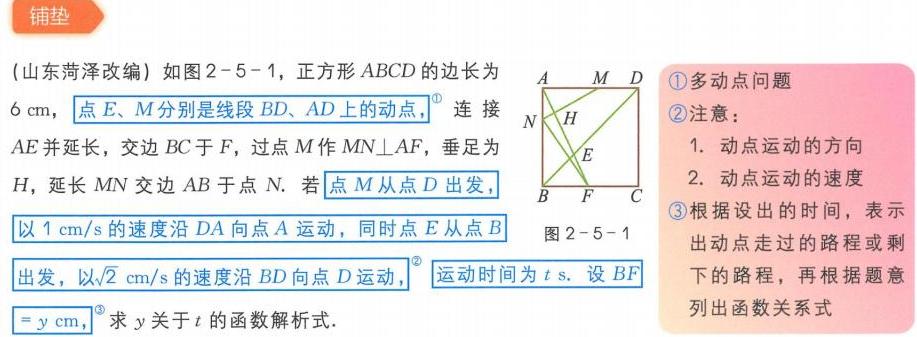
铺垫
(山东菏泽改编) 如图2 - 5 - 1，正方形\(ABCD\)的边长为\(6\mathrm{cm}\)，点\(E、M\)分别是线段\(BD、AD\)上的动点，连接\(AE\)并延长，交边\(BC\)于\(F\)，过点\(M\)作\(MN\perp AF\)，垂足为\(H\)，延长\(MN\)交边\(AB\)于点\(N\)。若点\(M\)从点\(D\)出发，以\(1\mathrm{cm/s}\)的速度沿\(DA\)向点\(A\)运动，同时点\(E\)从点\(B\)出发，以\(\sqrt{2}\mathrm{cm/s}\)的速度沿\(BD\)向点\(D\)运动，运动时间为\(t\mathrm{ s}\)。设\(BF = y\mathrm{cm}\)，求\(y\)关于\(t\)的函数解析式.

\textcircled{1}多动点问题
\textcircled{2}注意：
1. 动点运动的方向
2. 动点运动的速度
\textcircled{3}根据设出的时间，表示出动点走过的路程或剩下的路程，再根据题意列出函数关系式